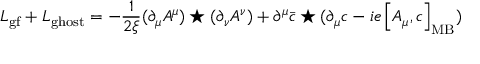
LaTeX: { \cal L } _ { \mathrm { g f } } + { \cal L } _ { \mathrm { g h o s t } } = - \frac { 1 } { 2 \xi } ( \partial _ { \mu } A ^ { \mu } ) \star ( \partial _ { \nu } A ^ { \nu } ) + \partial ^ { \mu } \bar { c } \star ( \partial _ { \mu } c - i e \left[ A _ { \mu } , c \right] _ { \mathrm { M B } } )